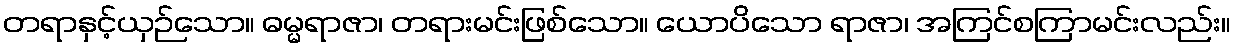
တရာနှင့်ယှဉ်သော။ ဓမ္မရာဇာ၊ တရားမင်းဖြစ်သော။ ယောပိသော ရာဇာ၊ အကြင်စကြာမင်းလည်း။